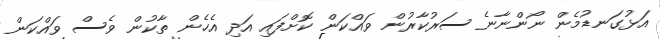
އަޅުގަނޑުމެން ނޯންނާނެ ސަރުކާރުން ވައްކަން ކޮށްފައި އަދި އެހެން ތާކުން ވެސް ވައްކަން